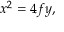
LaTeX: x ^ { 2 } = 4 f y ,